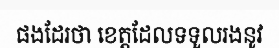
ផងដែរថា ខេត្តដែលទទួលរងនូវ